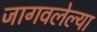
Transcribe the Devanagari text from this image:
जागवलेल्या